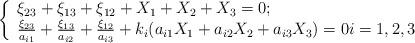
LaTeX: \begin{align*}\left \{\begin{array}{l}\xi_{23} + \xi_{13} + \xi_{12}+X_1 + X_2 + X_3 = 0;\\\frac{\xi_{23}}{a_{i1}} + \frac{\xi_{13}}{a_{i2}} + \frac{\xi_{12}}{a_{i3}}+k_i(a_{i1}X_1 +a_{i2} X_2 + a_{i3}X_3)= 0 i=1,2,3\end{array}\right.\end{align*}